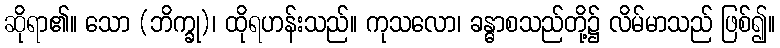
ဆိုရာ၏။ သော (ဘိက္ခု)၊ ထိုရဟန်းသည်။ ကုသလော၊ ခန္ဓာစသည်တို့၌ လိမ်မာသည် ဖြစ်၍။